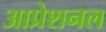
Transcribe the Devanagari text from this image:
आप्रेशनल